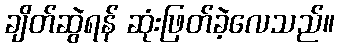
ချိတ်ဆွဲရန် ဆုံးဖြတ်ခဲ့လေသည်။